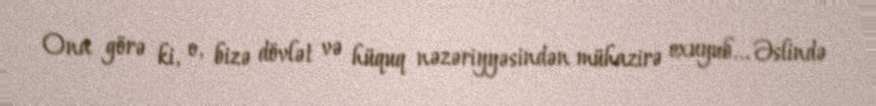
Ona görə ki, o, bizə dövlət və hüquq nəzəriyyəsindən mühazirə oxuyub... Əslində